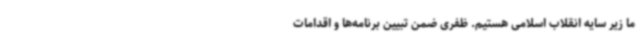
ما زیر سایه انقلاب اسلامی هستیم. ظفری ضمن تبیین برنامه‌ها و اقدامات